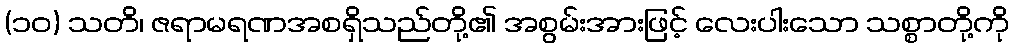
(၁၀) သတိ၊ ဇရာမရဏအစရှိသည်တို့၏ အစွမ်းအားဖြင့် လေးပါးသော သစ္စာတို့ကို